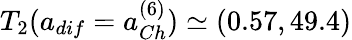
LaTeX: T_{2}(a_{dif}=a_{Ch}^{(6)})\simeq(0.57,49.4)